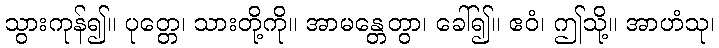
သွားကုန်၍။ ပုတ္တေ၊ သားတို့ကို။ အာမန္တေတွာ၊ ခေါ်၍။ ဧဝံ၊ ဤသို့။ အာဟံသု၊